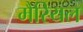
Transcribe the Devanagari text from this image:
मैरियल